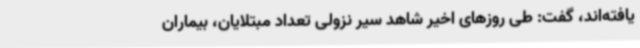
یافته‌اند، گفت: طی روزهای اخیر شاهد سیر نزولی تعداد مبتلایان، بیماران